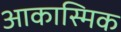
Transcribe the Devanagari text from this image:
आकास्मिक